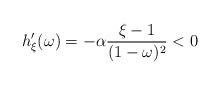
LaTeX: \begin{align*}h_{\xi}^{\prime}(\omega) = - \alpha \frac{\xi - 1}{(1 - \omega)^2} < 0\end{align*}